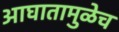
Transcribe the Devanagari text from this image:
आघातामुळेच